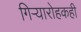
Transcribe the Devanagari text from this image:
गिऱ्यारोहकही